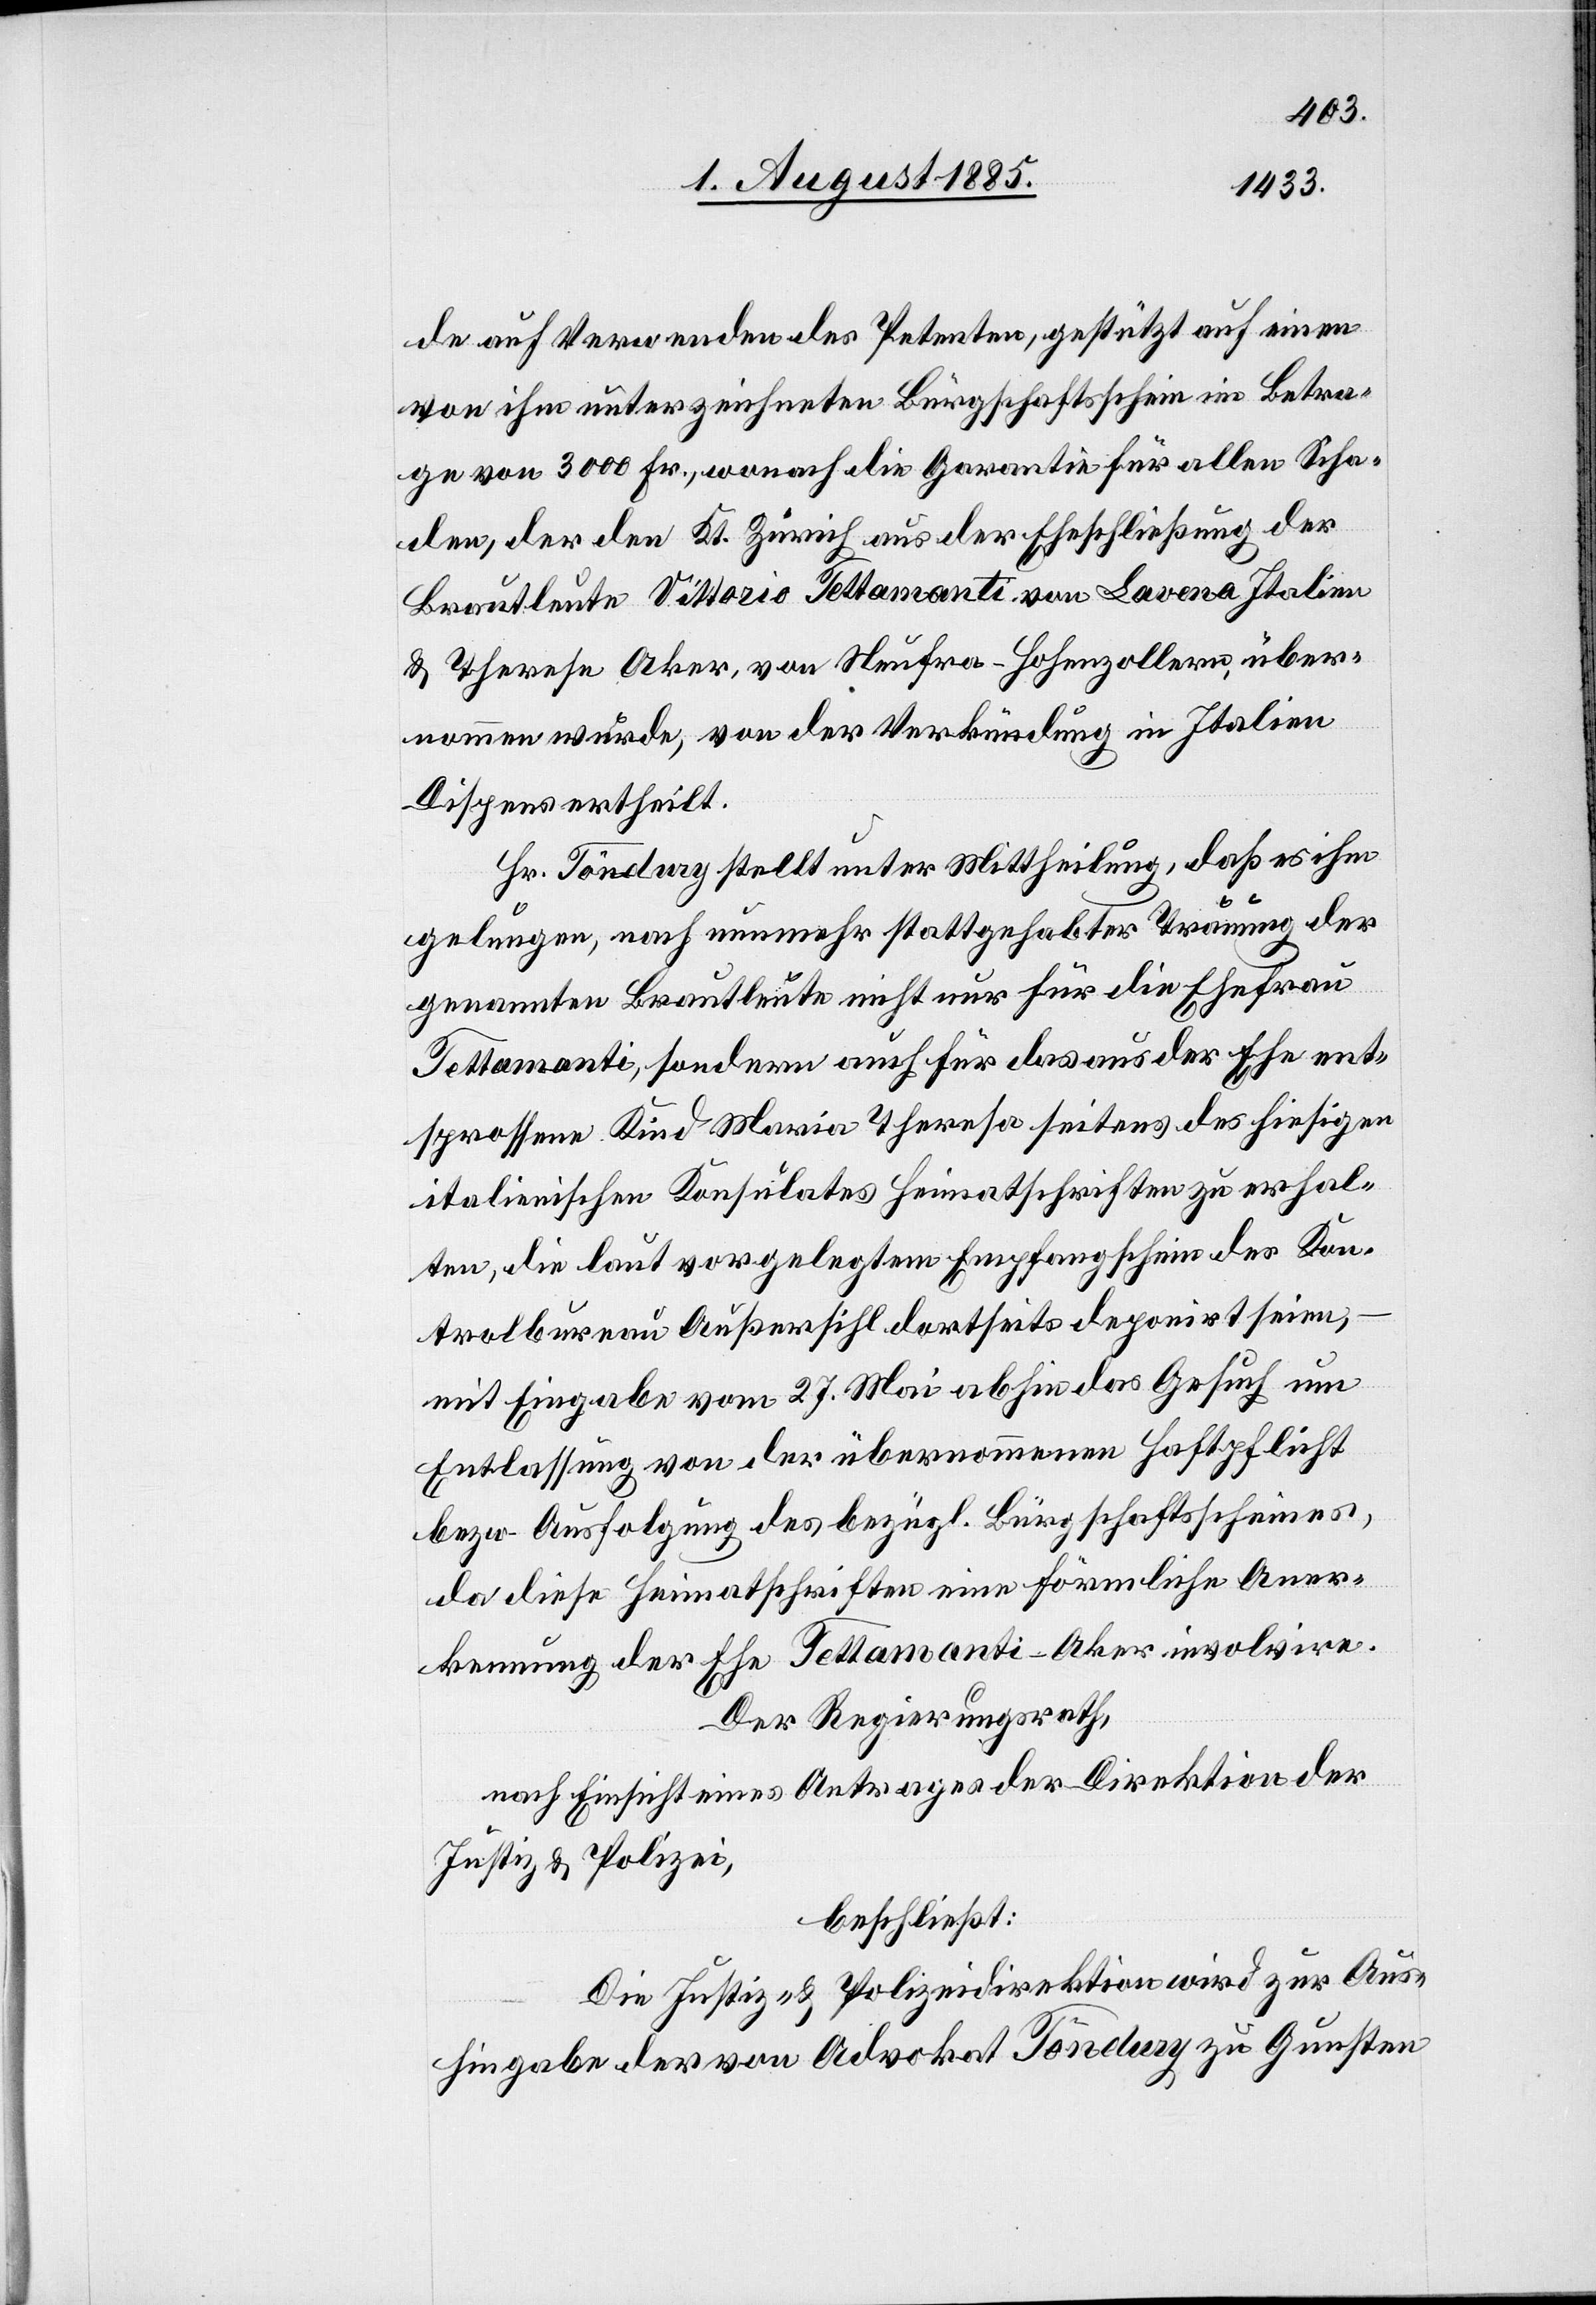
de auf Verwenden der Petenten, gestützt auf einen
von ihm unterzeichneten Bürgschaftsschein im Betra¬
ge von 3000 Fr., wonach die Garantie für allen Scha¬
den, der den Kt. Zürich aus der Eheschließung der
Brautleute Vittorio Tettamanti von Lavena Italien
& Therese Aker, von Neufra - Hohenzollern, über¬
nommen wurde, von der Verkündung in Italien
Dispens ertheilt.
Hr. Töndury stellt unter Mittheilung, daß es ihm
gelungen, nach nunmehr stattgehabter Trauung der
genannten Brautleute nicht nur für die Ehefrau
Tettamanti, sondern auch für das aus der Ehe ent¬
sprossene Kind Maria Theresa seitens des hiesigen
italienischen Konsulates Heimathschein des Kon¬
trolbureau Außersihl dortseits deponirt seien,
mit Eingabe vom 27. Mai abhin das Gesuch um
Entlassung von der übernommenen Haftpflicht
bezw. Ausfolgung des bezügl. Bürgschaftsscheines,
da diese Heimatschriften eine förmliche Aner¬
kennung der Ehe Tettamanti-Aker involvire.
Der Regierungsrath,
nach Einsicht eines Antrages der Direktion der
Justiz & Polizei,
beschließt:
Die Justiz- & Polizeidirektion wird zur Aus¬
hingabe der von Advokat Töndury zu Gunsten